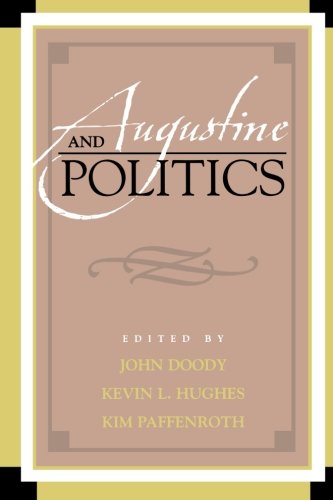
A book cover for Augustine and Politics (Augustine in Conversation: Tradition and Innovation); Religion & Spirituality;